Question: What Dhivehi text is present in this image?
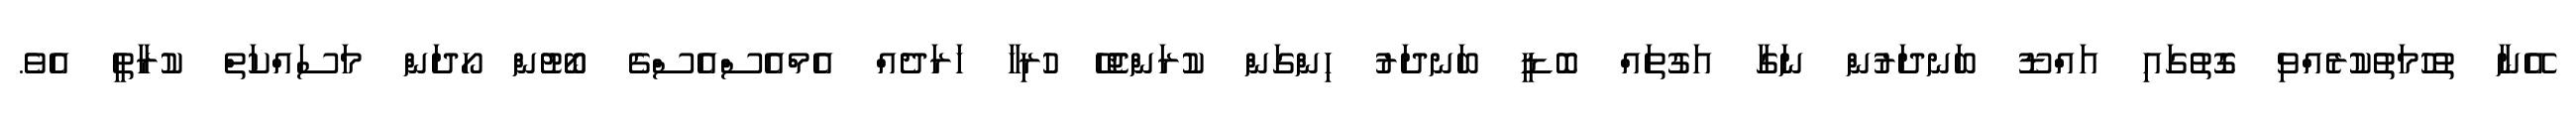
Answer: އޭނާ ތުހުމަތުކުރެއްވި ގޮތުގައި އައްްޑޫ ބަނދަރުން ނަގާ އަގުތައް ބޮޑީ ބަނދަރު ހިންގަން ކުރަންޖެހޭ ހުރިހާ ހަރަދެއް އެމްއެސްއެސްގެ ބޯޓުން ހޯދަން މަސައްކަތް ކުރާތީ އެވެ.